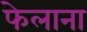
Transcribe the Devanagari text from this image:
फेलाना